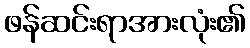
ဖန်ဆင်းရာအားလုံး၏